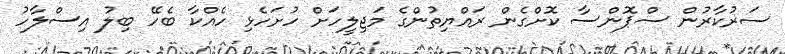
ސަރުކާރުން ސްޕޮންސާ ކޮށްގެން ރައްޔިތުންގެ މަޖިލީހަށް ހުށަހެޅި ހެއްކާ ބެހޭ ބިލު އިސްލާހު